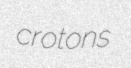
crotons